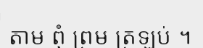
តាម ពុំ ព្រម ត្រឡប់ ។